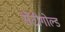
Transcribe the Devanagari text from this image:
सेंटीगोल्ड